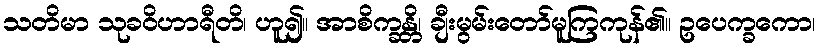
သတိမာ သုခဝိဟာရီတိ၊ ဟူ၍။ အာစိက္ခန္တိ၊ ချီးမွမ်းတော်မူကြကုန်၏။ ဥပေက္ခကော၊